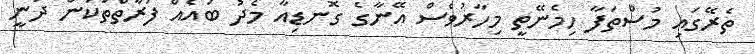
ތެރޭގައި މުސްތަފާ ހިމެނޭތީ މިހާރުވެސް އޭނާގެ ގޮނޑިއާ މެދު ބައެއް ފަރާތްތަކުން ދަނީ